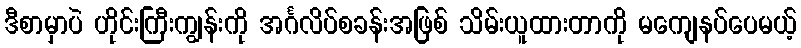
ဒီစာမှာပဲ ဟိုင်းကြီးကျွန်းကို အင်္ဂလိပ်စခန်းအဖြစ် သိမ်းယူထားတာကို မကျေနပ်ပေမယ့်